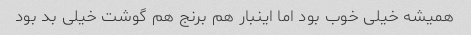
همیشه خیلی خوب بود اما اینبار هم برنج هم گوشت خیلی بد بود